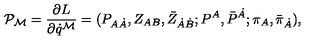
{ \cal P } _ { { \cal M } } = { \frac { \partial L } { \partial \dot { q } ^ { { \cal M } } } } = ( P _ { A \dot { A } } , Z _ { A B } , \bar { Z } _ { \dot { A } \dot { B } } ; P ^ { A } , \bar { P } ^ { \dot { A } } ; \pi _ { A } , \bar { \pi } _ { \dot { A } } ) ,